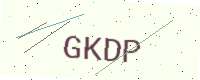
Text: GKDP